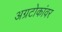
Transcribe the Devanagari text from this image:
अग्रटोकांवर